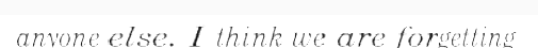
anyone else. I think we are forgetting